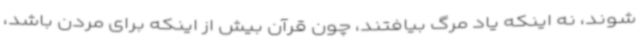
شوند، نه اینکه یاد مرگ بیافتند، چون قرآن بیش از اینکه برای مردن باشد،